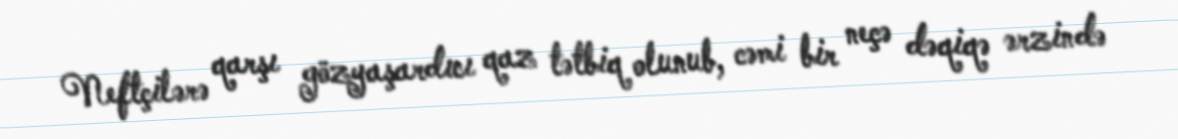
Neftçilərə qarşı gözyaşardıcı qaz tətbiq olunub, cəmi bir neçə dəqiqə ərzində